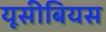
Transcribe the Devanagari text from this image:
यूसीबियस